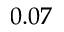
0 . 0 7